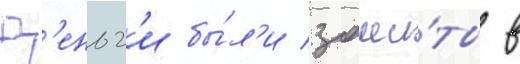
Д'еньг'и бы́л'и заши́ты в